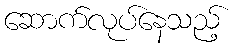
ဆောက်လုပ်နေသည့်